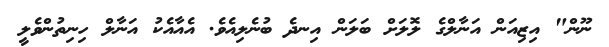
ނޫން" އިޒިއަން އަނާލްގެ ލޮލަށް ބަލަން އިނދެ ބުނެލިއެވެ. އެއާއެކު އަނާލް ހިނިތުންވެލީ